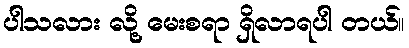
ပါသလား လို့ မေးစရာ ရှိလာရပါ တယ်။